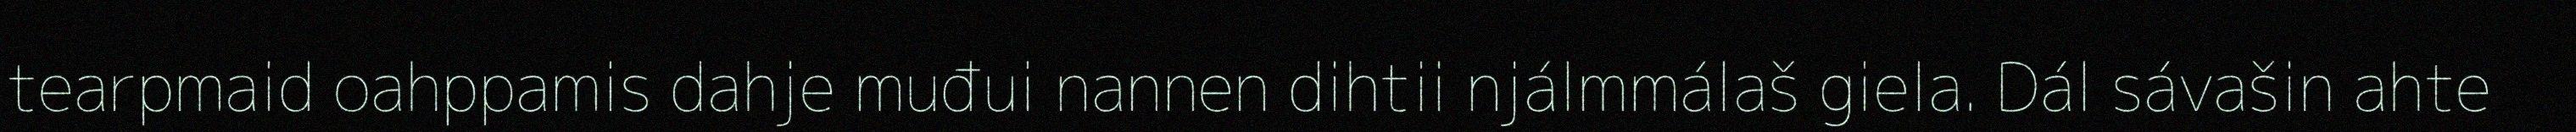
tearpmaid oahppamis dahje muđui nannen dihtii njálmmálaš giela. Dál sávašin ahte